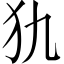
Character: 犰